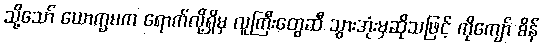
သို့သော် ယောက္ခမက ရောက်လို့ရှိမှ လူကြီးတွေဆီ သွားအုံးမှဆိုသဖြင့် ကိုကျော် စိန်